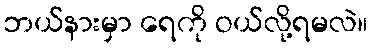
ဘယ်နားမှာ ရေကို ဝယ်လို့ရမလဲ။